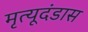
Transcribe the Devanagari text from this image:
मृत्यूदंडास